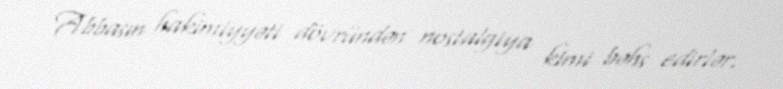
Abbasın hakimiyyəti dövründən nostalgiya kimi bəhs edirlər.